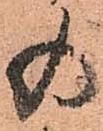
の